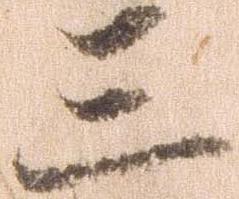
三